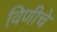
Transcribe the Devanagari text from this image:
विणीचे